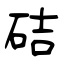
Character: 硈